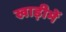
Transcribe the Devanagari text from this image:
खाड़ीमें